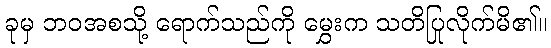
ခုမှ ဘဝအစသို့ ရောက်သည်ကို မွှေးက သတိပြုလိုက်မိ၏။